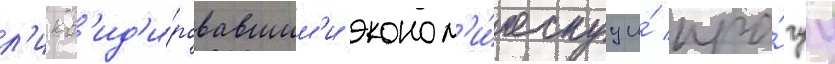
л'икв'ид'и́ровавшим'и эконом'и́ческуу и́ про́чуу